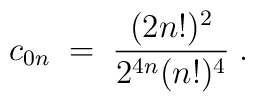
c_{0n}\;=\; { (2n!)^2\over 2^{4n}(n!)^4}\;.